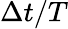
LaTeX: \Delta t/T